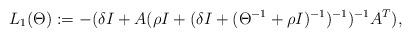
LaTeX: \begin{align*} L_1(\Theta):=-(\delta I +A(\rho I +(\delta I +(\Theta^{-1}+\rho I)^{-1})^{-1})^{-1}A^T),\end{align*}